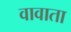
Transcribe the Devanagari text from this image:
वावाता